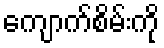
ကျောက်စိမ်းကို